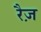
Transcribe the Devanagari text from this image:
रैज़